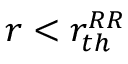
r < r _ { t h } ^ { R R }